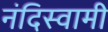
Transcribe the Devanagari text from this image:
नंदिस्वामी